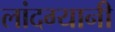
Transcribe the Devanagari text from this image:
लांदग्यानी